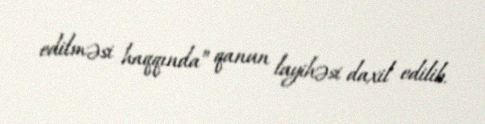
edilməsi haqqında” qanun layihəsi daxil edilib.